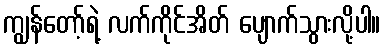
ကျွန်တော့်ရဲ့ လက်ကိုင်အိတ် ပျောက်သွားလို့ပါ။